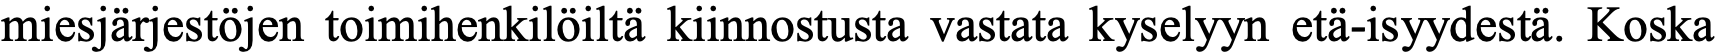
miesjärjestöjen toimihenkilöiltä kiinnostusta vastata kyselyyn etä-isyydestä. Koska